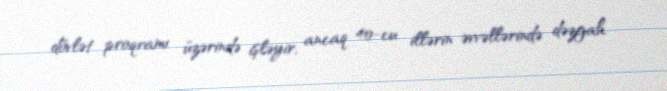
dövlət proqramı üzərində işləyir, ancaq 40-cu illərin əvvəllərində dəzgah